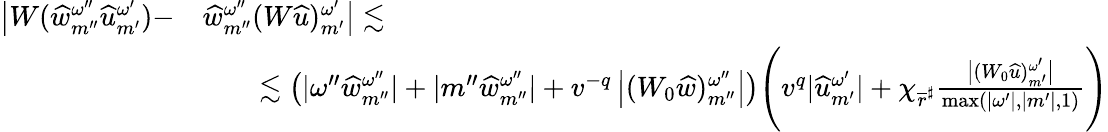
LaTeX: \begin{array}{rl}{\big|W(\widehat{w}_{{m^{\prime\prime}}}^{\omega^{\prime\prime}}{\widehat{u}}_{m^{\prime}}^{\omega^{\prime}})-}&{\widehat{w}_{{m^{\prime\prime}}}^{\omega^{\prime\prime}}(W{\widehat{u}})_{m^{\prime}}^{\omega^{\prime}}\big|\lesssim}\\ &{\qquad\lesssim\left(|\omega^{\prime\prime}\widehat{w}_{m^{\prime\prime}}^{\omega^{\prime\prime}}|+|m^{\prime\prime}\widehat{w}_{m^{\prime\prime}}^{\omega^{\prime\prime}}|+v^{-q}\left|(W_{0}\widehat{w})_{m^{\prime\prime}}^{\omega^{\prime\prime}}\right|\right)\Bigg(v^{q}|{\widehat{u}}_{m^{\prime}}^{\omega^{\prime}}|+\chi_{\overline{{r}}^{\sharp}}\frac{\big|(W_{0}{\widehat{u}})_{m^{\prime}}^{\omega^{\prime}}\big|}{\operatorname*{max}(|\omega^{\prime}|,|m^{\prime}|,1)}\Bigg)}\end{array}